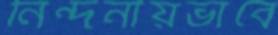
নিন্দনীয়ভাবে